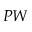
P W